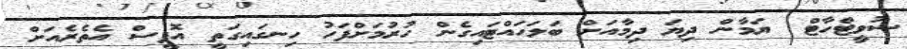
ސުވީޓްހާޓް  ޔަމާން ދިޔަ ދިމާއަށް ބަލަހައްޓައިގެން ހުރުމަށްފަހު ހިނގައިގަތީ އޮފީސް އެތެރެއަށް